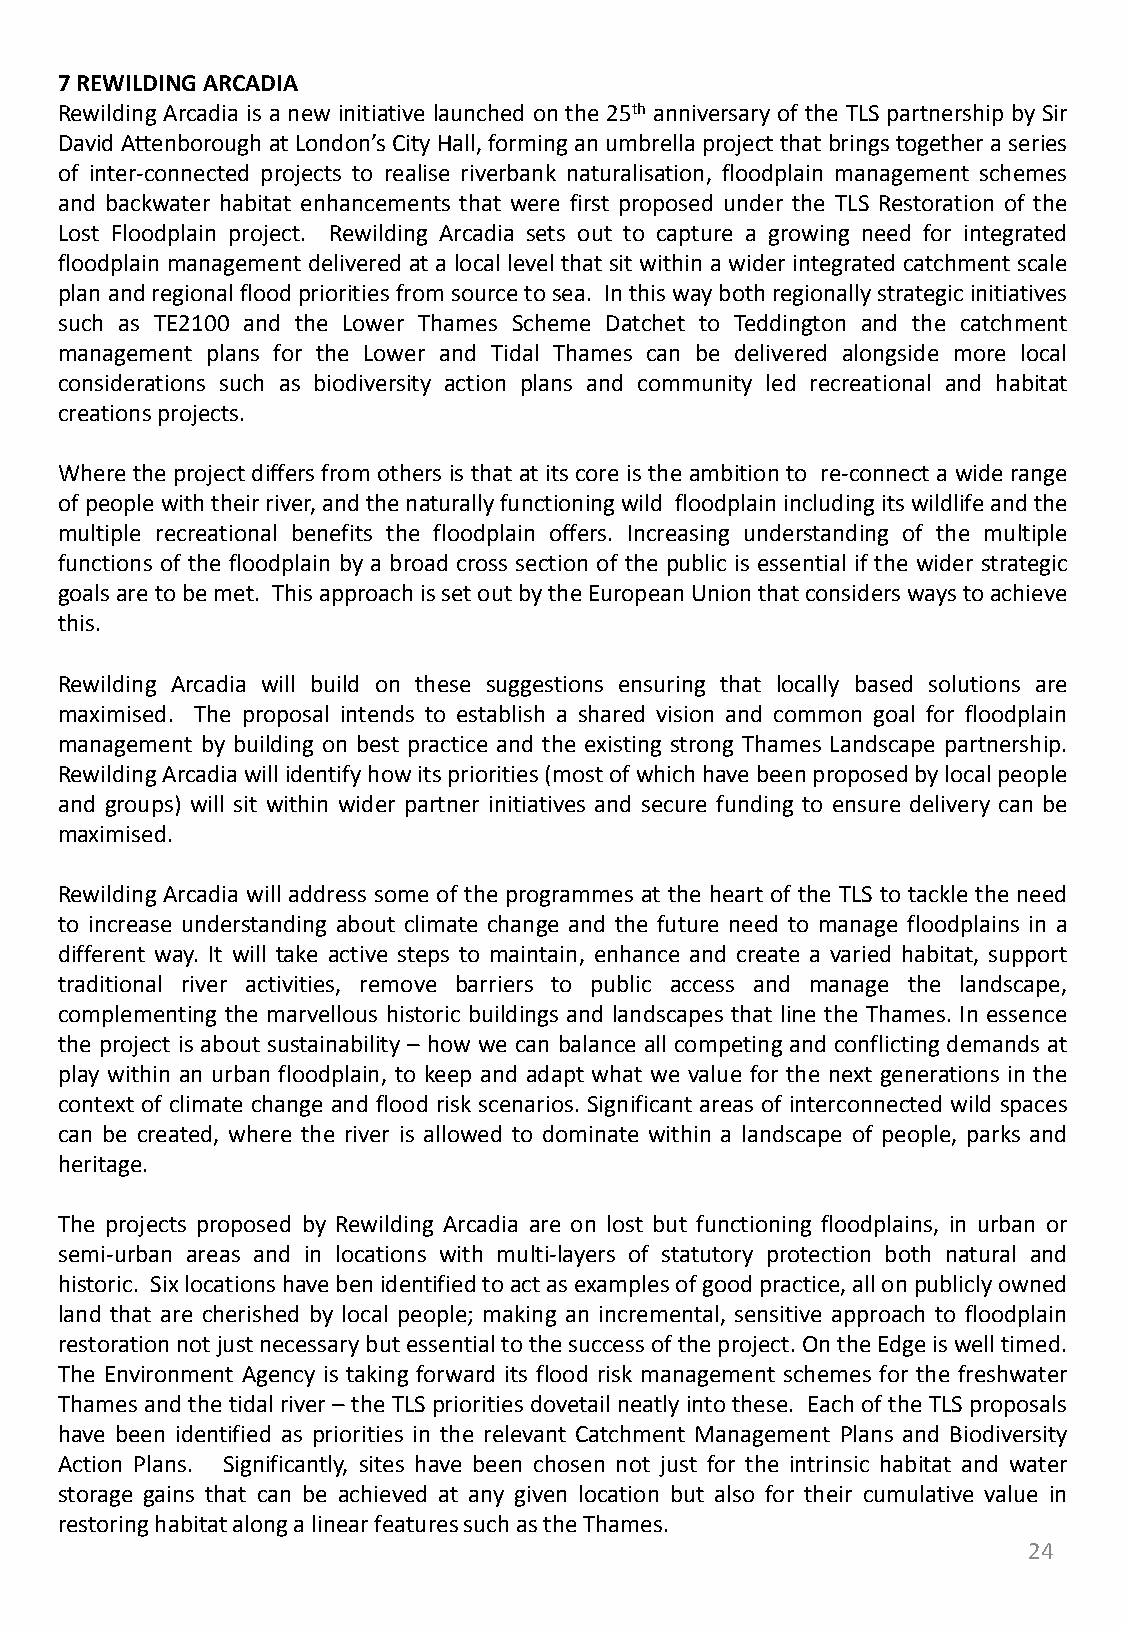
7REWILDINGARCADIA
 Rewilding Arcadia is a new initiative launched on the 25th anniversary of the TLS partnership by Sir
 David Attenborough at London’sCityHall,forming anumbrellaproject that bringstogether a series
 of inter-connected projects to realise riverbank naturalisation, floodplain management schemes
 and backwater habitat enhancements that were first proposed under the TLS Restoration of the
 Lost Floodplain project. Rewilding Arcadia sets out to capture a growing need for integrated
 floodplain management delivered at a local level that sit within a wider integrated catchment scale
 planandregionalfloodprioritiesfromsourcetosea. Inthiswaybothregionallystrategicinitiatives
 such as TE2100 and the Lower Thames Scheme Datchet to Teddington and the catchment
 management plans for the Lower and Tidal Thames can be delivered alongside more local
 considerations such as biodiversity action plans and community led recreational and habitat
 creationsprojects.
 Where theproject differs from others is that at its core is the ambition to re-connect a wide range
 ofpeoplewiththeirriver,andthenaturallyfunctioningwild floodplainincludingitswildlifeandthe
 multiple recreational benefits the floodplain offers. Increasing understanding of the multiple
 functions of the floodplain by a broad cross section of the public is essential if the wider strategic
 goalsaretobemet. ThisapproachissetoutbytheEuropeanUnionthatconsiderswaystoachieve
 this.
 Rewilding Arcadia will build on these suggestions ensuring that locally based solutions are
 maximised. The proposal intends to establish a shared vision and common goal for floodplain
 management by building on best practice and the existing strong Thames Landscape partnership.
 RewildingArcadiawillidentifyhowitspriorities(mostofwhichhavebeenproposedbylocalpeople
 and groups) will sit within wider partner initiatives and secure funding to ensure delivery can be
 maximised.
 Rewilding Arcadia will address some of the programmes at the heart of the TLS to tackle the need
 to increase understanding about climate change and the future need to manage floodplains in a
 different way. It will take active steps to maintain, enhance and create a varied habitat, support
 traditional river activities, remove barriers to public access and manage the landscape,
 complementing the marvellous historic buildings and landscapes that line the Thames. In essence
 the project is about sustainability – how we can balance all competing and conflicting demands at
 play within an urban floodplain, to keep and adapt what we value for the next generations in the
 context of climate change and flood risk scenarios. Significant areas of interconnected wild spaces
 can be created, where the river is allowed to dominate within a landscape of people, parks and
 heritage.
 The projects proposed by Rewilding Arcadia are on lost but functioning floodplains, in urban or
 semi-urban areas and in locations with multi-layers of statutory protection both natural and
 historic. Sixlocationshavebenidentifiedtoactasexamplesofgoodpractice,allonpubliclyowned
 land that are cherished by local people; making an incremental, sensitive approach to floodplain
 restorationnotjustnecessarybutessentialtothesuccessoftheproject.OntheEdgeiswelltimed.
 The Environment Agency is taking forward its flood risk management schemes for the freshwater
 Thames and the tidalriver – the TLS priorities dovetailneatlyintothese. Each of the TLS proposals
 have been identified as priorities in the relevant Catchment Management Plans and Biodiversity
 Action Plans. Significantly, sites have been chosen not just for the intrinsic habitat and water
 storage gains that can be achieved at any given location but also for their cumulative value in
 restoringhabitatalongalinearfeaturessuchastheThames.
 24